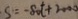
S = - 8 0 t + 2 0 0 0